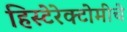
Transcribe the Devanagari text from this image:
हिस्टेरेक्टोमीचे